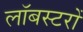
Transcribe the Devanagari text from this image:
लॉबस्टरों